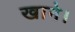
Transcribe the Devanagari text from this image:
खाने।